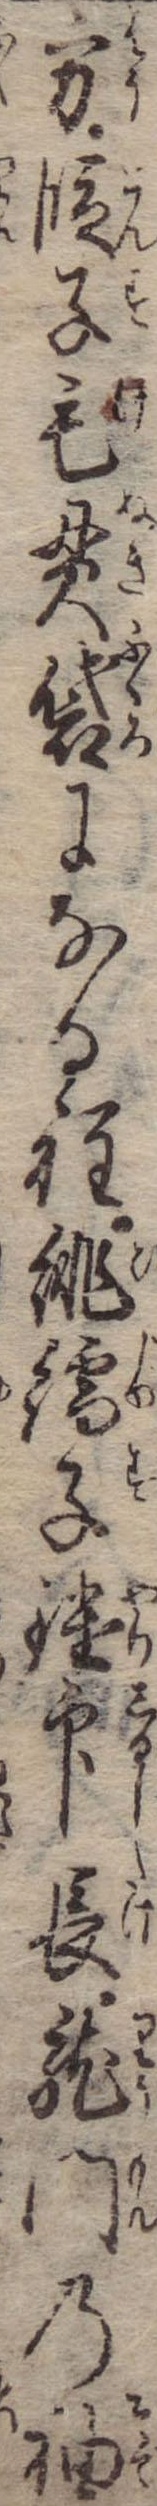
方段子毛貫袋になる程緋繻子鑓印長竜門の袖